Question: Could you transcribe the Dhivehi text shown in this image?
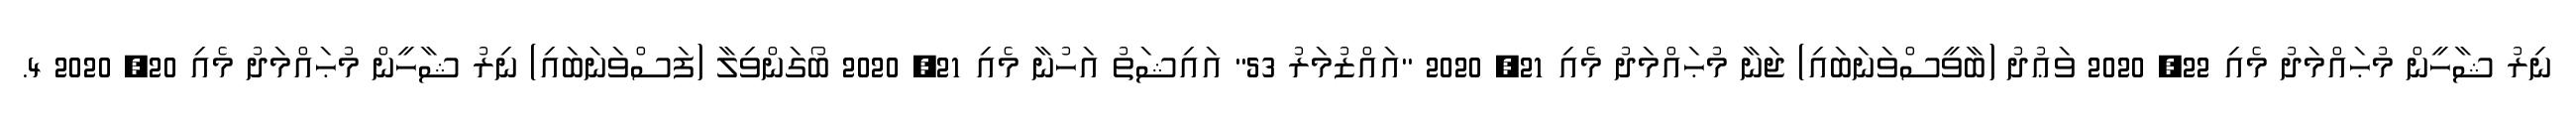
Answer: ނިރު ޝާހީން މުޙައްމަދު މެއި 22, 2020 ވަޢުދު (ބާވީސްވަނަބައި) ޖަނާ މުޙައްމަދު މެއި 21, 2020 "އައްޒުމަރު 53" އައިޝަތު އަހުނާ މެއި 21, 2020 ބޯގަންވިލާ (ފަސްވަނަބައި) ނިރު ޝާހީން މުޙައްމަދު މެއި 20, 2020 4.